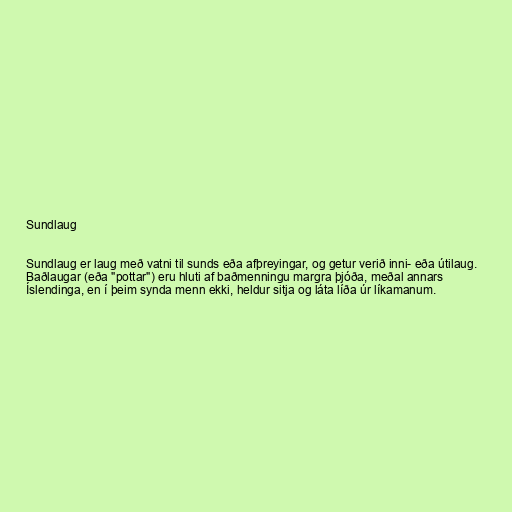
Sundlaug

Sundlaug er laug með vatni til sunds eða afþreyingar, og getur verið inni- eða útilaug.
Baðlaugar (eða "pottar") eru hluti af baðmenningu margra þjóða, meðal annars
Íslendinga, en í þeim synda menn ekki, heldur sitja og láta líða úr líkamanum.